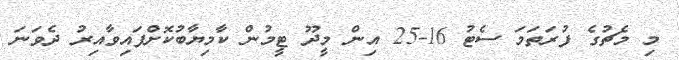
މި މެޗުގެ ފުރަތަމަ ސެޓު 16-25 އިން މީދޫ ޓީމުން ކާމިޔާބުކޮށްފައިވާއިރު ދެވަނަ